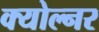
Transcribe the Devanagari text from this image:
क्योल्नर